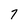
Character: 7